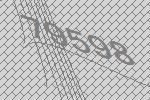
79598